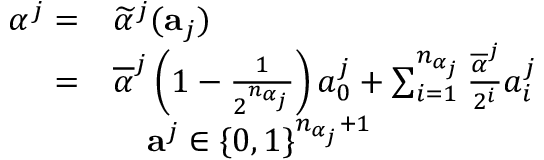
\begin{array} { r l } { \alpha ^ { j } = } & { \widetilde { \alpha } ^ { j } ( \mathbf { a } _ { j } ) } \\ { = } & { \overline { { \alpha } } ^ { j } \left( 1 - \frac { 1 } { 2 ^ { n _ { \alpha _ { j } } } } \right) a _ { 0 } ^ { j } + \sum _ { i = 1 } ^ { n _ { \alpha _ { j } } } \frac { \overline { { \alpha } } ^ { j } } { 2 ^ { i } } a _ { i } ^ { j } } \\ & { \quad \mathbf { a } ^ { j } \in \{ 0 , 1 \} ^ { n _ { \alpha _ { j } } + 1 } } \end{array}